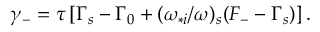
\begin{array} { r } { \gamma _ { - } = \tau \left[ \Gamma _ { s } - \Gamma _ { 0 } + ( \omega _ { * i } / \omega ) _ { s } ( F _ { - } - \Gamma _ { s } ) \right] . } \end{array}